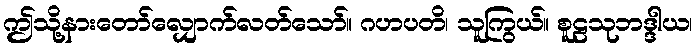
ဤသို့နားတော်လျှောက်လတ်သော်။ ဂဟပတိ၊ သူကြွယ်။ စူဠသုဘဒ္ဒါယ၊